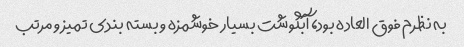
به نظرم فوق العاده بود، آبگوشت بسیار خوشمزه و بسته بندی تمیز و مرتب